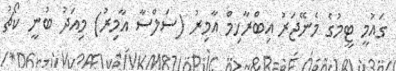
ގައުމީ ޓީމުގެ މެނޭޖަރު އިބްރާހިމް އާމިރު (ސަލްސާ އާމިރު) މިއަދު ބުނީ ކޯޗު